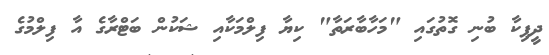
ދީޕިކާ ބުނި ގޮތުގައި "މަހާބާރަތާ" ކިޔާ ފިލްމަކާއި ޝަކުން ބަޓްރާގެ އާ ފިލްމުގެ